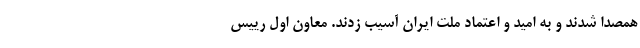
همصدا شدند و به امید و اعتماد ملت ایران آسیب زدند. معاون اول رییس